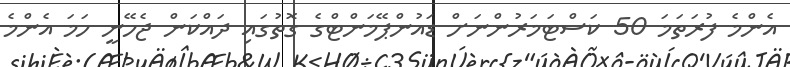
އެންމެ ފުރަތަމަ 50 ކަސްޓަމަރުންނަށް ޑައުންޕޭމަންޓްގެ ގޮތުގައި ދައްކަން ޖެހޭނީ ހަމަ އެންމެ